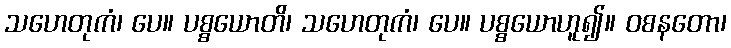
သဟေတုကံ၊ ပေ။ ပစ္စယောတိ၊ သဟေတုကံ၊ ပေ။ ပစ္စယောဟူ၍။ ဝစနတော၊